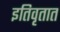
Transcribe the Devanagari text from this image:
इतिवृतात